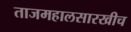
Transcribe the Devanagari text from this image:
ताजमहालसारखीच